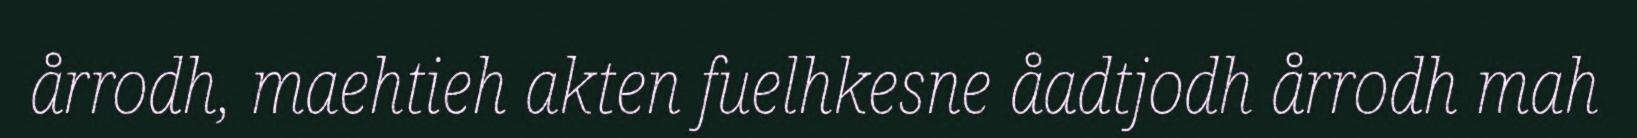
årrodh, maehtieh akten fuelhkesne åadtjodh årrodh mah